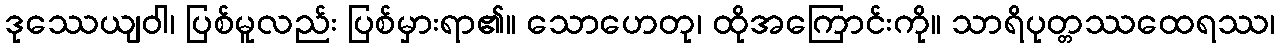
ဒုဿေယျဝါ၊ ပြစ်မူလည်း ပြစ်မှားရာ၏။ သောဟေတု၊ ထိုအကြောင်းကို။ သာရိပုတ္တဿထေရဿ၊